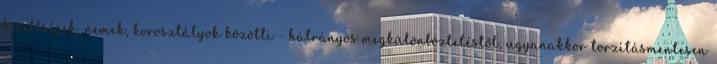
kisebbségek, nemek, korosztályok közötti - hátrányos megkülönböztetéstől, ugyanakkor torzításmentesen